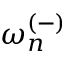
{ \omega _ { n } ^ { ( - ) } }